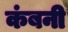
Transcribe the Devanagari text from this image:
कंबनी